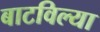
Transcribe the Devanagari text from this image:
बाटविल्या